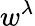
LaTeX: w^{\lambda}